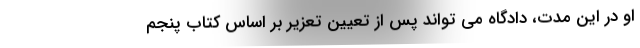
او در این مدت، دادگاه می تواند پس از تعیین تعزیر بر اساس کتاب پنجم